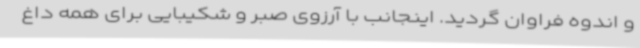
و اندوه فراوان گردید. اینجانب با آرزوی صبر و شکیبایی برای همه داغ